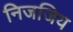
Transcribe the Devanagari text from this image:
निजजिय